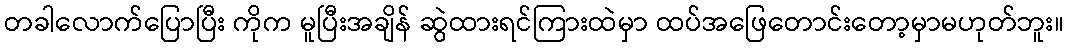
တခါလောက်ပြောပြီး ကိုက မူပြီးအချိန် ဆွဲထားရင်ကြားထဲမှာ ထပ်အဖြေတောင်းတော့မှာမဟုတ်ဘူး။